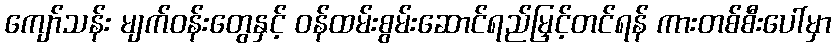
ကျော်သန်း မျက်ဝန်းတွေနှင့် ဝန်ထမ်းစွမ်းဆောင်ရည်မြှင့်တင်ရန် ကားတစ်စီးပေါ်မှာ